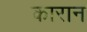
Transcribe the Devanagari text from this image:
कारान